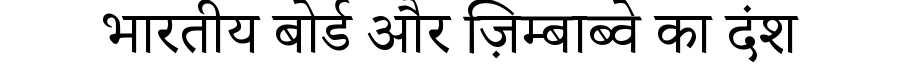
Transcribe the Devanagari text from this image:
भारतीय बोर्ड और ज़िम्बाब्वे का दंश